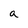
Character: a